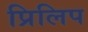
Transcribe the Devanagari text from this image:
प्रिलिप